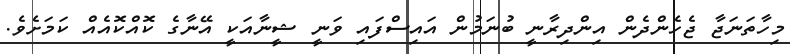
މިހާތަނަޖާ ޖެހެންދެން އިންދިރާނީ ބުނަމުން އައިސްފައި ވަނީ ޝީނާއަކީ އޭނާގެ ކޮއްކޮއެއް ކަމަށެވެ.